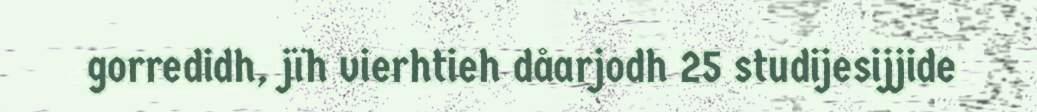
gorredidh, jïh vierhtieh dåarjodh 25 studijesijjide